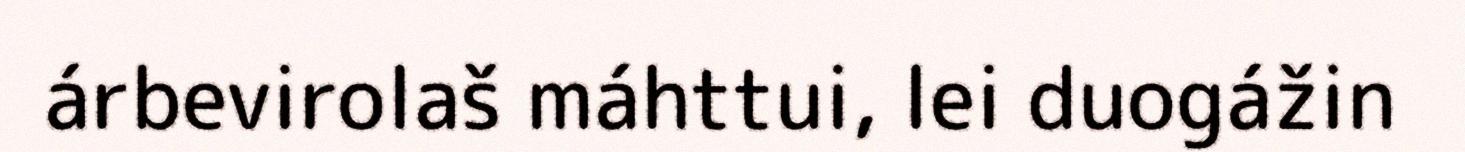
árbevirolaš máhttui, lei duogážin